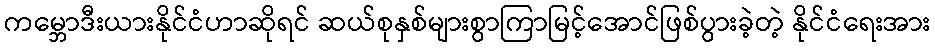
ကမ္ဘောဒီးယားနိုင်ငံဟာဆိုရင် ဆယ်စုနှစ်များစွာကြာမြင့်အောင်ဖြစ်ပွားခဲ့တဲ့ နိုင်ငံရေးအား